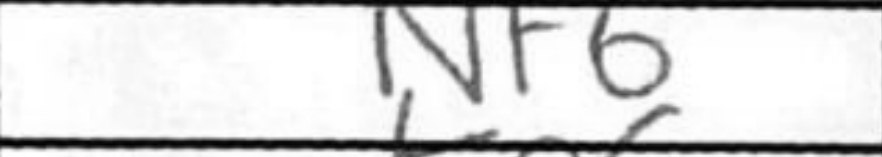
Transcription: Nf6